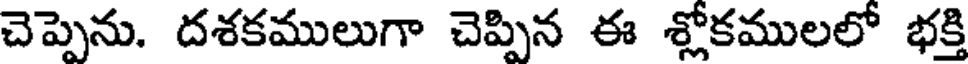
చెప్పెను. దశకములుగా చెప్పిన ఈ శ్లోకములలో భక్తి